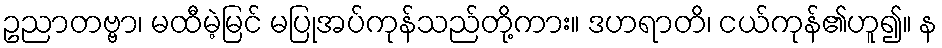
ဥညာတဗ္ဗာ၊ မထီမဲ့မြင် မပြုအပ်ကုန်သည်တို့ကား။ ဒဟရာတိ၊ ငယ်ကုန်၏ဟူ၍။ န